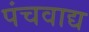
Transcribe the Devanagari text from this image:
पंचवाद्य